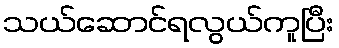
သယ်ဆောင်ရလွယ်ကူပြီး